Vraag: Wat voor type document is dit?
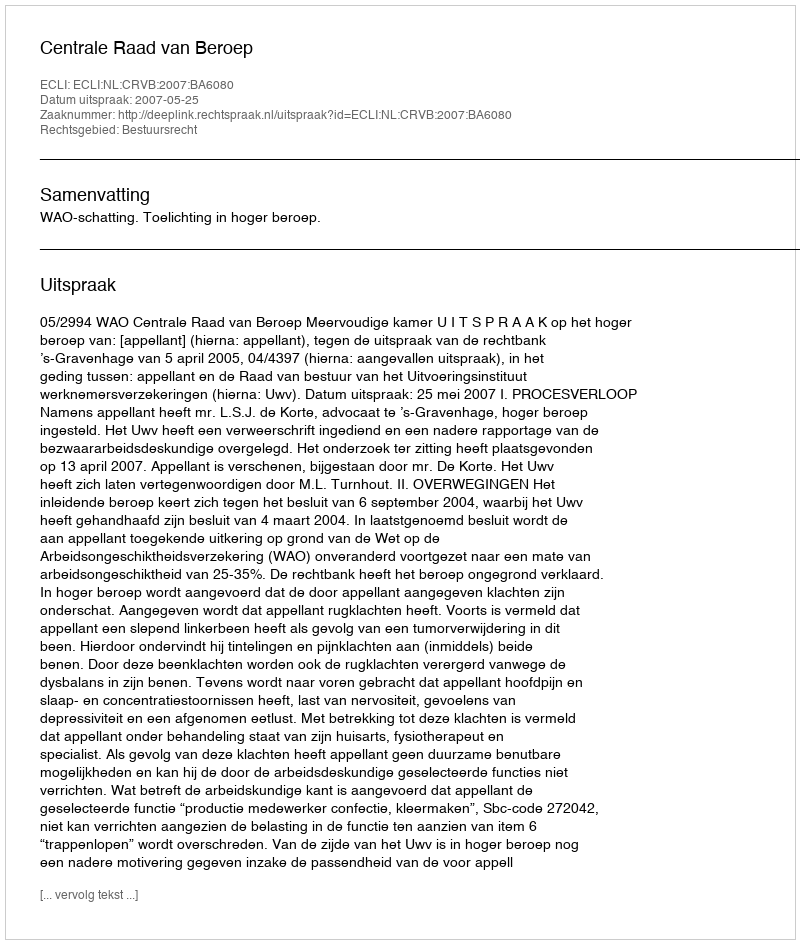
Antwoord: Uitspraak